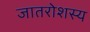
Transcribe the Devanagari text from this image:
जातरोशस्य